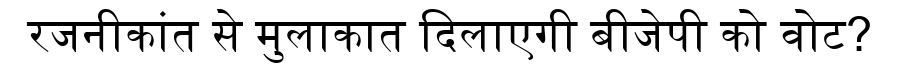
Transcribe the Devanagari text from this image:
रजनीकांत से मुलाकात दिलाएगी बीजेपी को वोट?